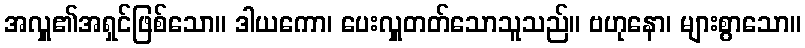
အလှူ၏အရှင်ဖြစ်သော။ ဒါယကော၊ ပေးလှူတတ်သောသူသည်။ ဗဟုနော၊ များစွာသော။